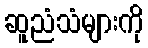
ဆူညံသံများကို